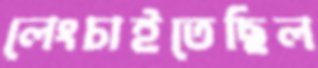
লেংচাইতেছিল